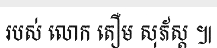
របស់ លោក តឿម សុភ័ស្ត ៕